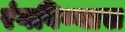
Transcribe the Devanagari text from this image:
रंगविण्यास